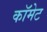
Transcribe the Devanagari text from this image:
कॉमेट